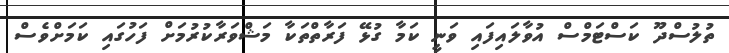
ތުލުސްދޫ ކަސްޓަމްސް އުވާލައިފައި ވަނީ ކަމާ ގުޅޭ ފަރާތްތަކާ މަޝްވަރާކުރުމަށް ފަހުގައި ކަމަށްވެސް